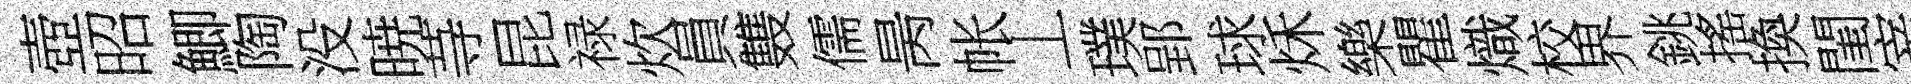
壺昭鯽陶没暁䒭昆禄炊員䨇儒昺帐丄璞郢球秌樂瞿熾校界銚搖換閨宰